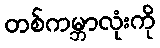
တစ်ကမ္ဘာလုံးကို